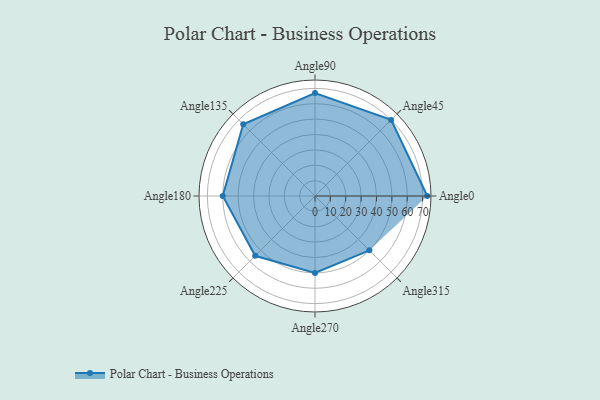
{"axis": {"x": "Angle", "y": "Radius"}, "legend": [""], "data": [{"x": "Angle0", "y": 73.0, "type": ""}, {"x": "Angle45", "y": 70.0, "type": ""}, {"x": "Angle90", "y": 67.0, "type": ""}, {"x": "Angle135", "y": 66.0, "type": ""}, {"x": "Angle180", "y": 60.0, "type": ""}, {"x": "Angle225", "y": 55.0, "type": ""}, {"x": "Angle270", "y": 50.0, "type": ""}, {"x": "Angle315", "y": 50, "type": ""}]}